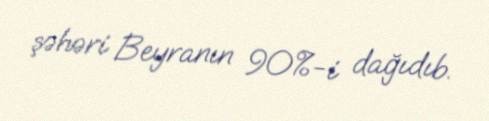
şəhəri Beyranın 90%-i dağıdıb.